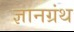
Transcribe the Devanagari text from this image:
ज्ञानग्रंथ